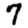
Digit: 7